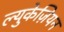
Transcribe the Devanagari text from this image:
ल्युकेज़ियन